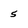
Character: 5